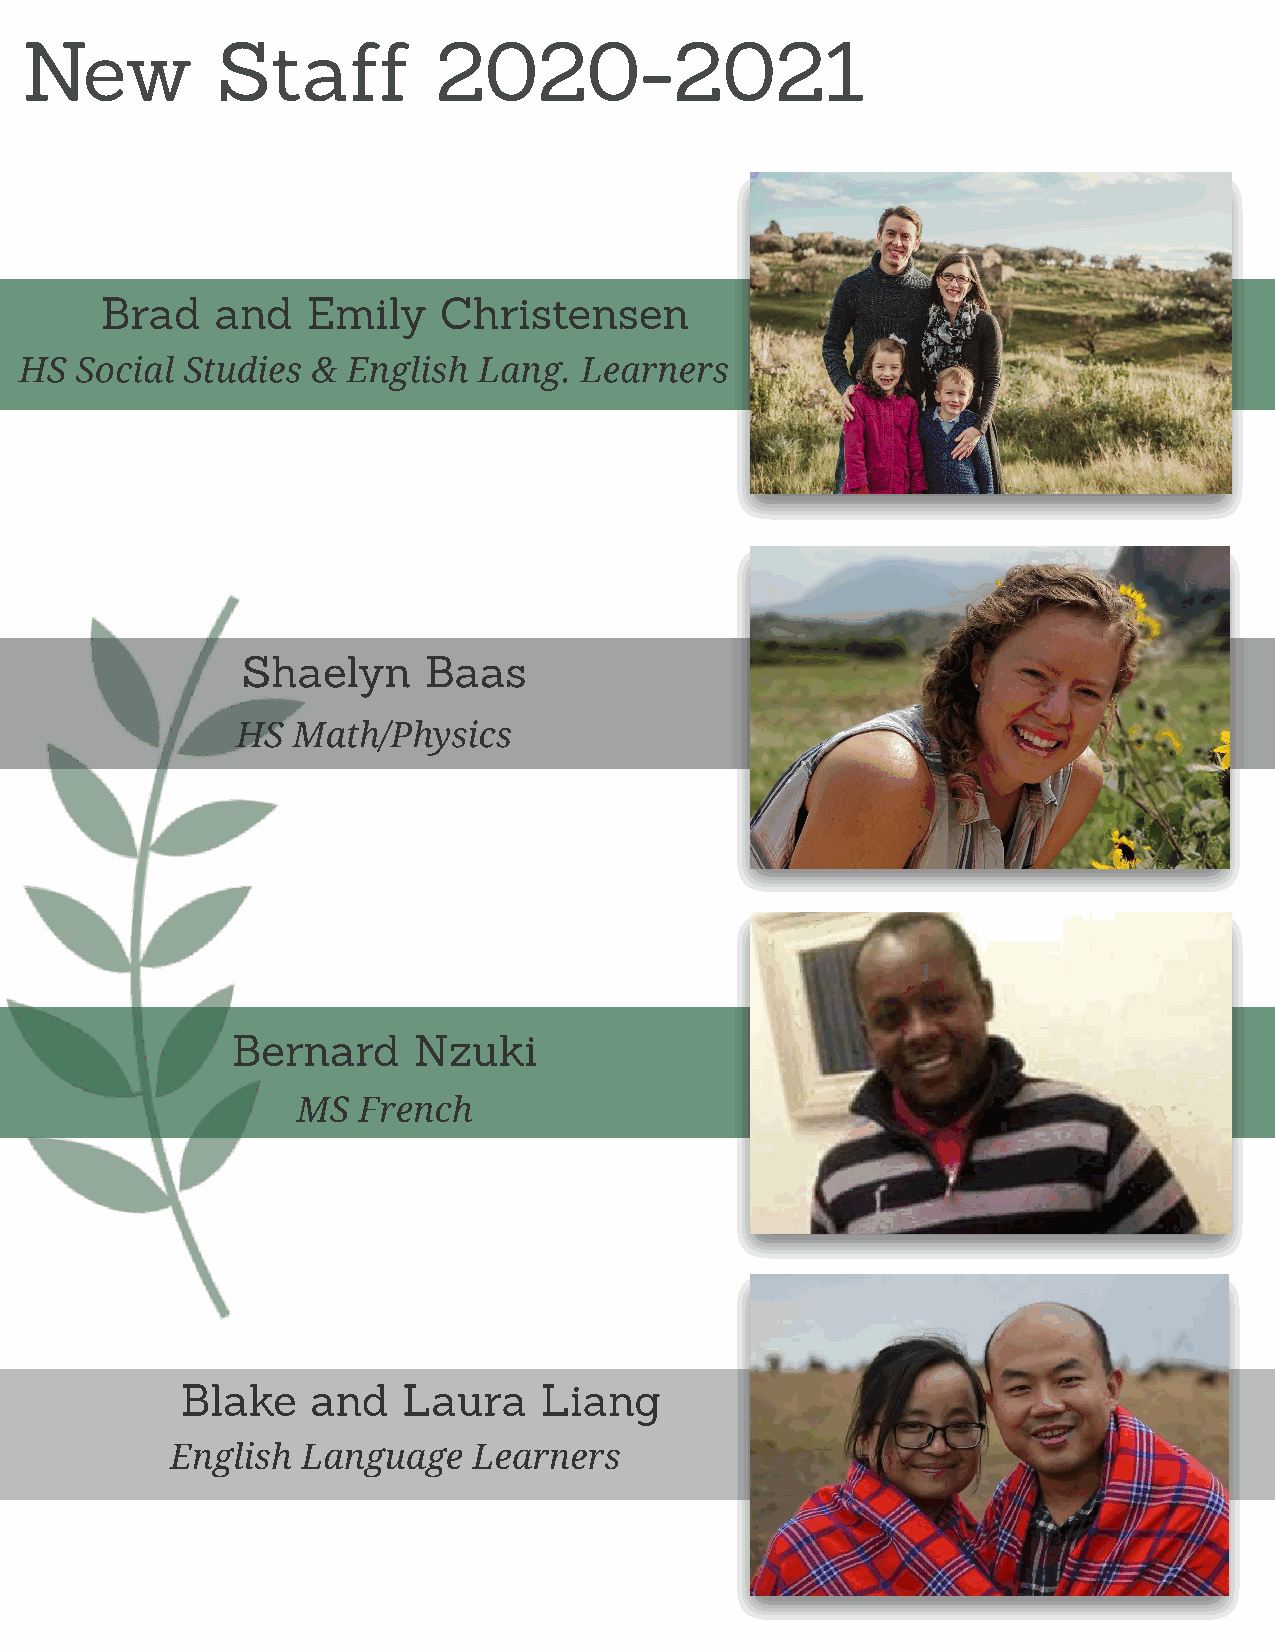
New          St    af   f   20     20    -  20    21
 Brad   and   Emily    Christensen
 HS  Social Studies  & English  Lang. Learners
 Shaelyn     Baas
 HS Math/Physics
 Bernard     Nzuki
 MS  French
 Blake    and   Laura    Liang
 English  Language   Learners